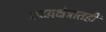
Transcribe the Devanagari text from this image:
नाटय़क्षेत्रातही